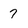
Character: 7